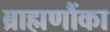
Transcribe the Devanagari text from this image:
ब्राह्मणौंका